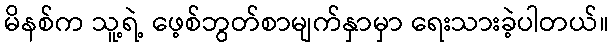
မိနစ်က သူ့ရဲ့ ဖေ့စ်ဘွတ်စာမျက်နှာမှာ ရေးသားခဲ့ပါတယ်။